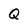
Character: Q